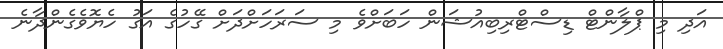
އަދި މި ޕްލާންޓް ޑިސްޓްރިބިއުޝަން ހަބަށްވެ މި ސަރަހަށްދަށް ގޭހުގެ އަގު ހެޔޮވެގެންދާނެ